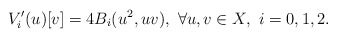
\begin{align*}V'_i(u)[v] = 4B_i(u^2, uv), \ \forall u, v \in X,\ i=0, 1, 2.\end{align*}